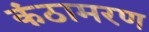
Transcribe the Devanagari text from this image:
कंठामरण